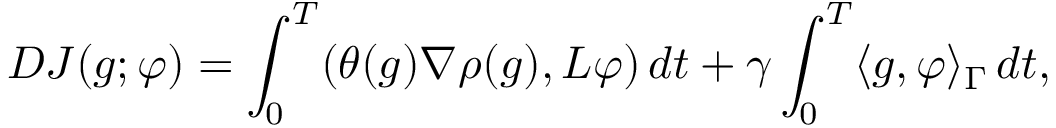
D J ( g ; \varphi ) = \int _ { 0 } ^ { T } ( \theta ( g ) \nabla \rho ( g ) , L \varphi ) \, d t + \gamma \int _ { 0 } ^ { T } \langle g , \varphi \rangle _ { \Gamma } \, d t ,